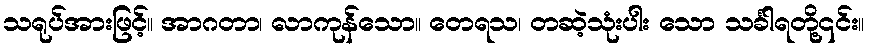
သရုပ်အားဖြင့်။ အာဂတာ၊ လာကုန်သော။ တေရသ၊ တဆဲ့သုံးပါး သော သင်္ခါရတို့၎င်း။